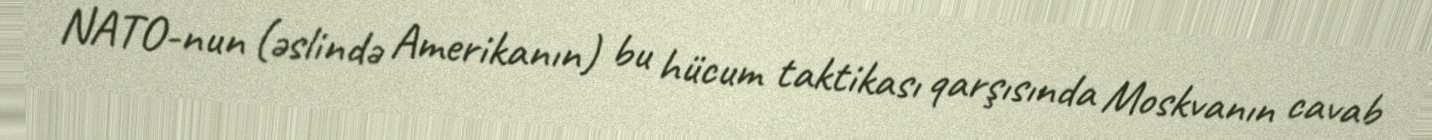
NATO-nun (əslində Amerikanın) bu hücum taktikası qarşısında Moskvanın cavab